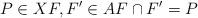
LaTeX: \begin{align*}P \in X F, F' \in A F \cap F'=P\end{align*}